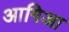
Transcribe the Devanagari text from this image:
आगिआ